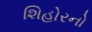
શિહોરનો